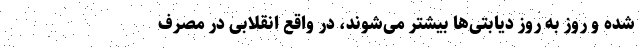
شده و روز به روز دیابتی‌ها بیشتر می‌شوند، در واقع انقلابی در مصرف